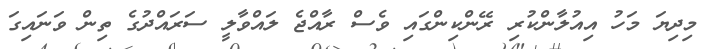
މިދިޔަ މަހު އިއުލާންކުރި ރޭންކިންގައި ވެސް ރާއްޖެ ލައްވާލީ ސަރައްދުގެ ތިން ވަނައިގަ